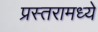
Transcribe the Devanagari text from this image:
प्रस्तरामध्ये